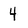
Character: 4